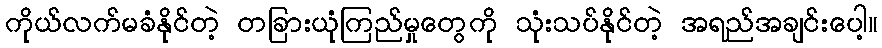
ကိုယ်လက်မခံနိုင်တဲ့ တခြားယုံကြည်မှုတွေကို သုံးသပ်နိုင်တဲ့ အရည်အချင်းပေါ့။